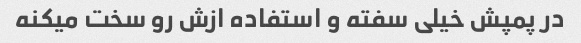
در پمپش خیلی سفته و استفاده ازش رو سخت میکنه